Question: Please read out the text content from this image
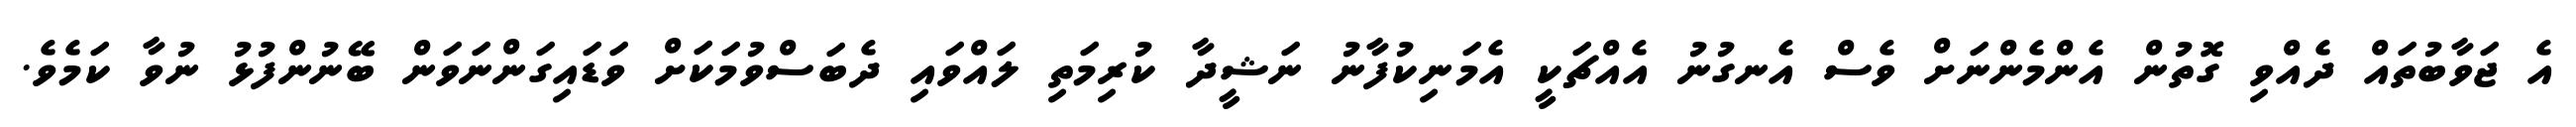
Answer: އެ ޖަވާބުތައް ދެއްވި ގޮތުން އެންމެންނަށް ވެސް އެނގުނު އެއްޗަކީ އެމަނިކުފާނު ނަޝީދާ ކުރިމަތި ލައްވައި ދެބަސްވުމަކަށް ވަޑައިގަންނަވަން ބޭނުންފުޅު ނުވާ ކަމެވެ.